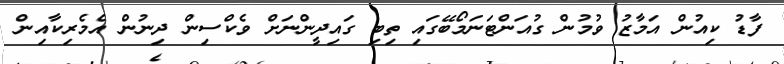
ފާޑު ކިއުން އަމާޒު ވުމުން ގުއަންޓަނަމޯބޭގައި ތިބި ގައިދީންނަށް ވެކްސިން ދިނުން އެމެރިކާއިން